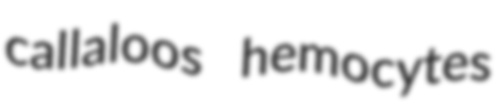
callaloos hemocytes